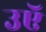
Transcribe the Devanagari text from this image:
उऍ